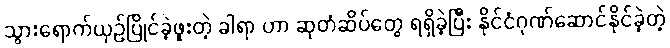
သွားရောက်ယှဉ်ပြိုင်ခဲ့ဖူးတဲ့ ခါရာ ဟာ ဆုတံဆိပ်တွေ ရရှိခဲ့ပြီး နိုင်ငံဂုဏ်ဆောင်နိုင်ခဲ့တဲ့